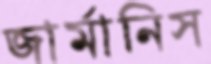
জার্মানিস